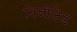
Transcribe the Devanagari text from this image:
विजीटिड